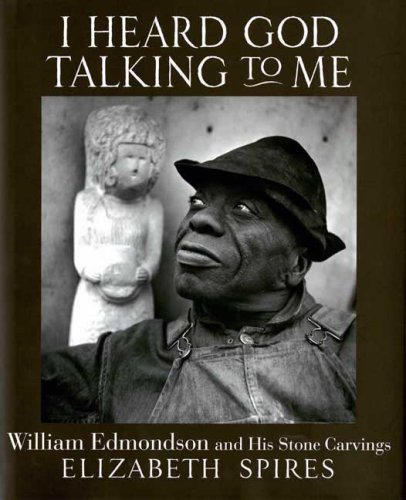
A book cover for I Heard God Talking to Me: William Edmondson and His Stone Carvings; Elizabeth Spires; Teen & Young Adult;